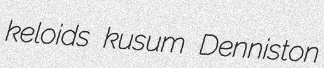
keloids kusum Denniston